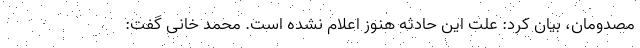
مصدومان، بیان کرد: علت این حادثه هنوز اعلام نشده است. محمد خانی گفت: